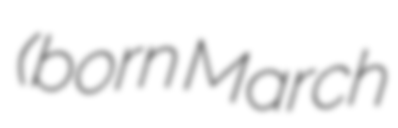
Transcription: (born March